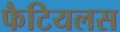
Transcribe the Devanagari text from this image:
फैटियलस